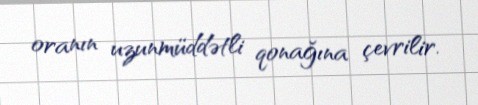
oranın uzunmüddətli qonağına çevrilir.